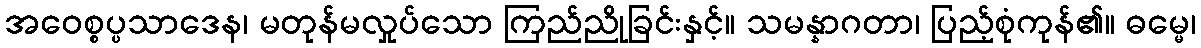
အဝေစ္စပ္ပသာဒေန၊ မတုန်မလှုပ်သော ကြည်ညိုခြင်းနှင့်။ သမန္နာဂတာ၊ ပြည့်စုံကုန်၏။ ဓမ္မေ၊